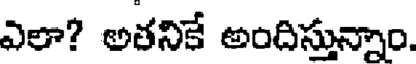
ఎలా? అతనికే అందిస్తున్నాం.